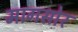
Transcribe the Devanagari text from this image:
मागसोर